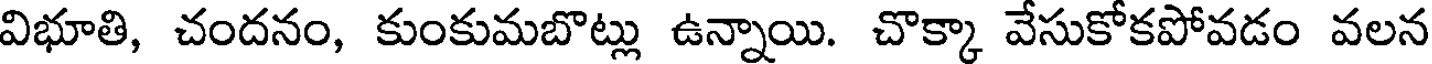
విభూతి, చందనం, కుంకుమబొట్లు ఉన్నాయి. చొక్కా వేసుకోకపోవడం వలన